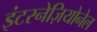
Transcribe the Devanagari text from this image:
इंटरनेज़ियोनेल